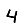
Digit: 4